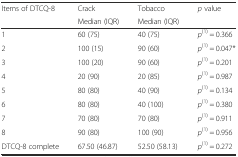
<table><thead><tr><td rowspan="2"><b>Items of DTCQ-8</b></td><td><b>Crack</b></td><td><b>Tobacco</b></td><td rowspan="2"><b><i>p</i> value</b></td></tr><tr><td><b>Median (IQR)</b></td><td><b>Median (IQR)</b></td></tr></thead><tbody><tr><td>1</td><td>60 (75)</td><td>40 (75)</td><td><i>p</i><sup>(1)</sup> = 0.366</td></tr><tr><td>2</td><td>100 (15)</td><td>90 (60)</td><td><i>p</i><sup>(1)</sup> = 0.047*</td></tr><tr><td>3</td><td>100 (20)</td><td>90 (60)</td><td><i>p</i><sup>(1)</sup> = 0.201</td></tr><tr><td>4</td><td>20 (90)</td><td>20 (85)</td><td><i>p</i><sup>(1)</sup> = 0.987</td></tr><tr><td>5</td><td>80 (80)</td><td>40 (90)</td><td><i>p</i><sup>(1)</sup> = 0.134</td></tr><tr><td>6</td><td>80 (80)</td><td>40 (100)</td><td><i>p</i><sup>(1)</sup> = 0.380</td></tr><tr><td>7</td><td>70 (80)</td><td>70 (80)</td><td><i>p</i><sup>(1)</sup> = 0.911</td></tr><tr><td>8</td><td>90 (80)</td><td>100 (90)</td><td><i>p</i><sup>(1)</sup> = 0.956</td></tr><tr><td>DTCQ-8 complete</td><td>67.50 (46.87)</td><td>52.50 (58.13)</td><td><i>p</i><sup>(1)</sup> = 0.272</td></tr></tbody></table>